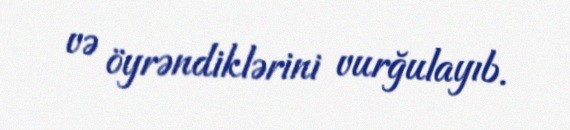
və öyrəndiklərini vurğulayıb.